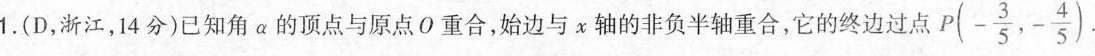
1.(D，浙江，14分)已知角α的顶点与原点O重合，始边与x轴的非负半轴重合，它的终边过点 P(- \frac{3}{5} , - \frac{4}{5})